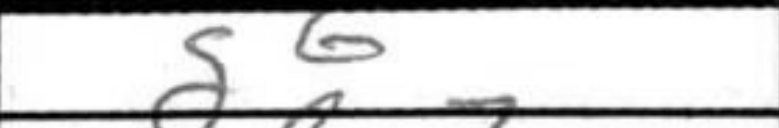
Transcription: g6